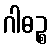
ဂါဓဉ္စ